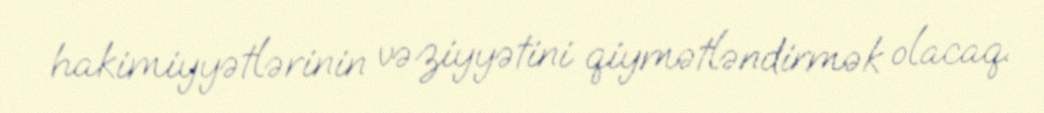
hakimiyyətlərinin vəziyyətini qiymətləndirmək olacaq.